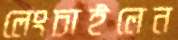
লেংচাইলেন